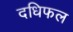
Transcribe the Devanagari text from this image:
दधिफल